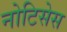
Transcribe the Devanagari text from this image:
नोटिसेस